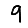
Digit: 9